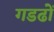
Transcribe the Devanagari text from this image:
गडढों